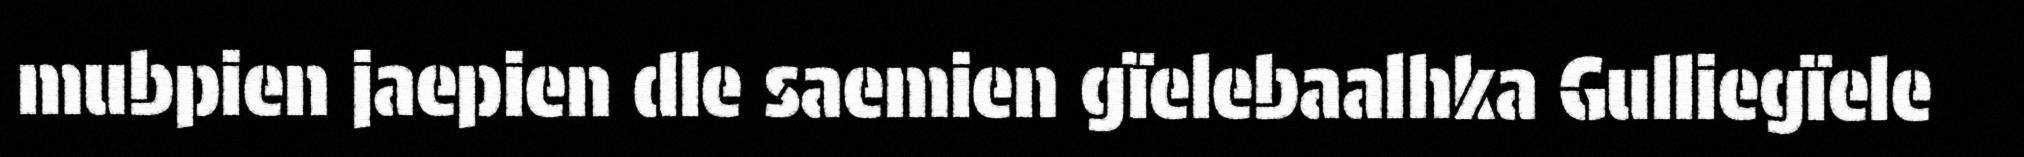
mubpien jaepien dle saemien gïelebaalhka Gulliegïele